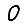
Digit: 0